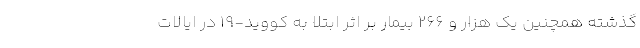
گذشته همچنین یک هزار و 266 بیمار بر اثر ابتلا به کووید-19 در ایالات